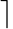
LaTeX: \rceil